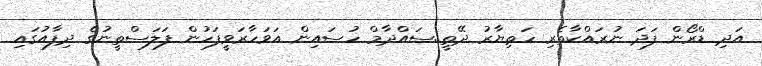
އަދި ޑްރޯން ފަދަ ނުރައްކާތެރި ހަތިޔާރު ދޭތީ..ސައްދާމް ހުސައިން އަވަހާރަވީފަހުން ފަލަސްތީނުގެ ދިފާއުގައި